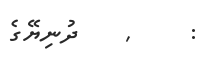
: